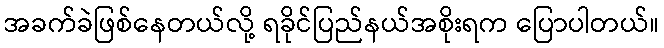
အခက်ခဲဖြစ်နေတယ်လို့ ရခိုင်ပြည်နယ်အစိုးရက ပြောပါတယ်။